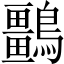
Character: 𪇏